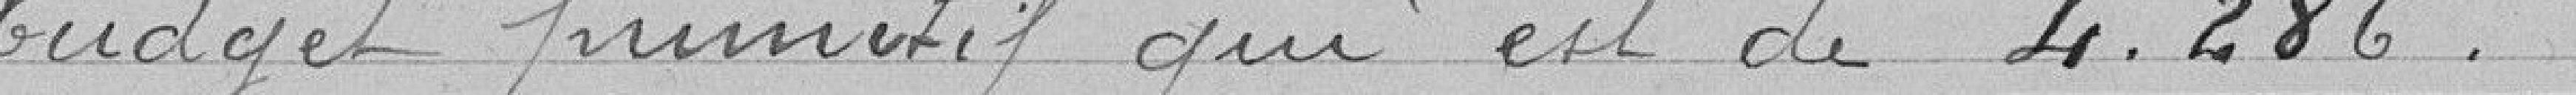
budget primitif qui est de 4 286 francs